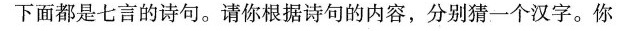
下面都是七言的诗句。请你根据诗句的内容，分别猜一个汉字。你